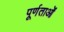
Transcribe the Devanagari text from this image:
पूर्णताओं